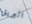
البريق